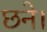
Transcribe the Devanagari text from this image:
छने।